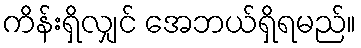
ကိန်းရှိလျှင် အေဘယ်ရှိရမည်။